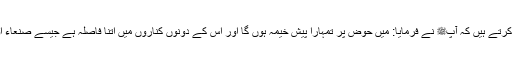
1552: سیدنا جابر بن سمرہؓ رسول اللہﷺ سے روایت کرتے ہیں کہ آپﷺ نے فرمایا: میں حوض پر تمہارا پیش خیمہ ہوں گا اور اس کے دونوں کناروں میں اتنا فاصلہ ہے جیسے صنعاء اور ایلہ میں اور اس کے آبخورے تاروں کی طرح ہیں۔